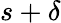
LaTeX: s+\delta